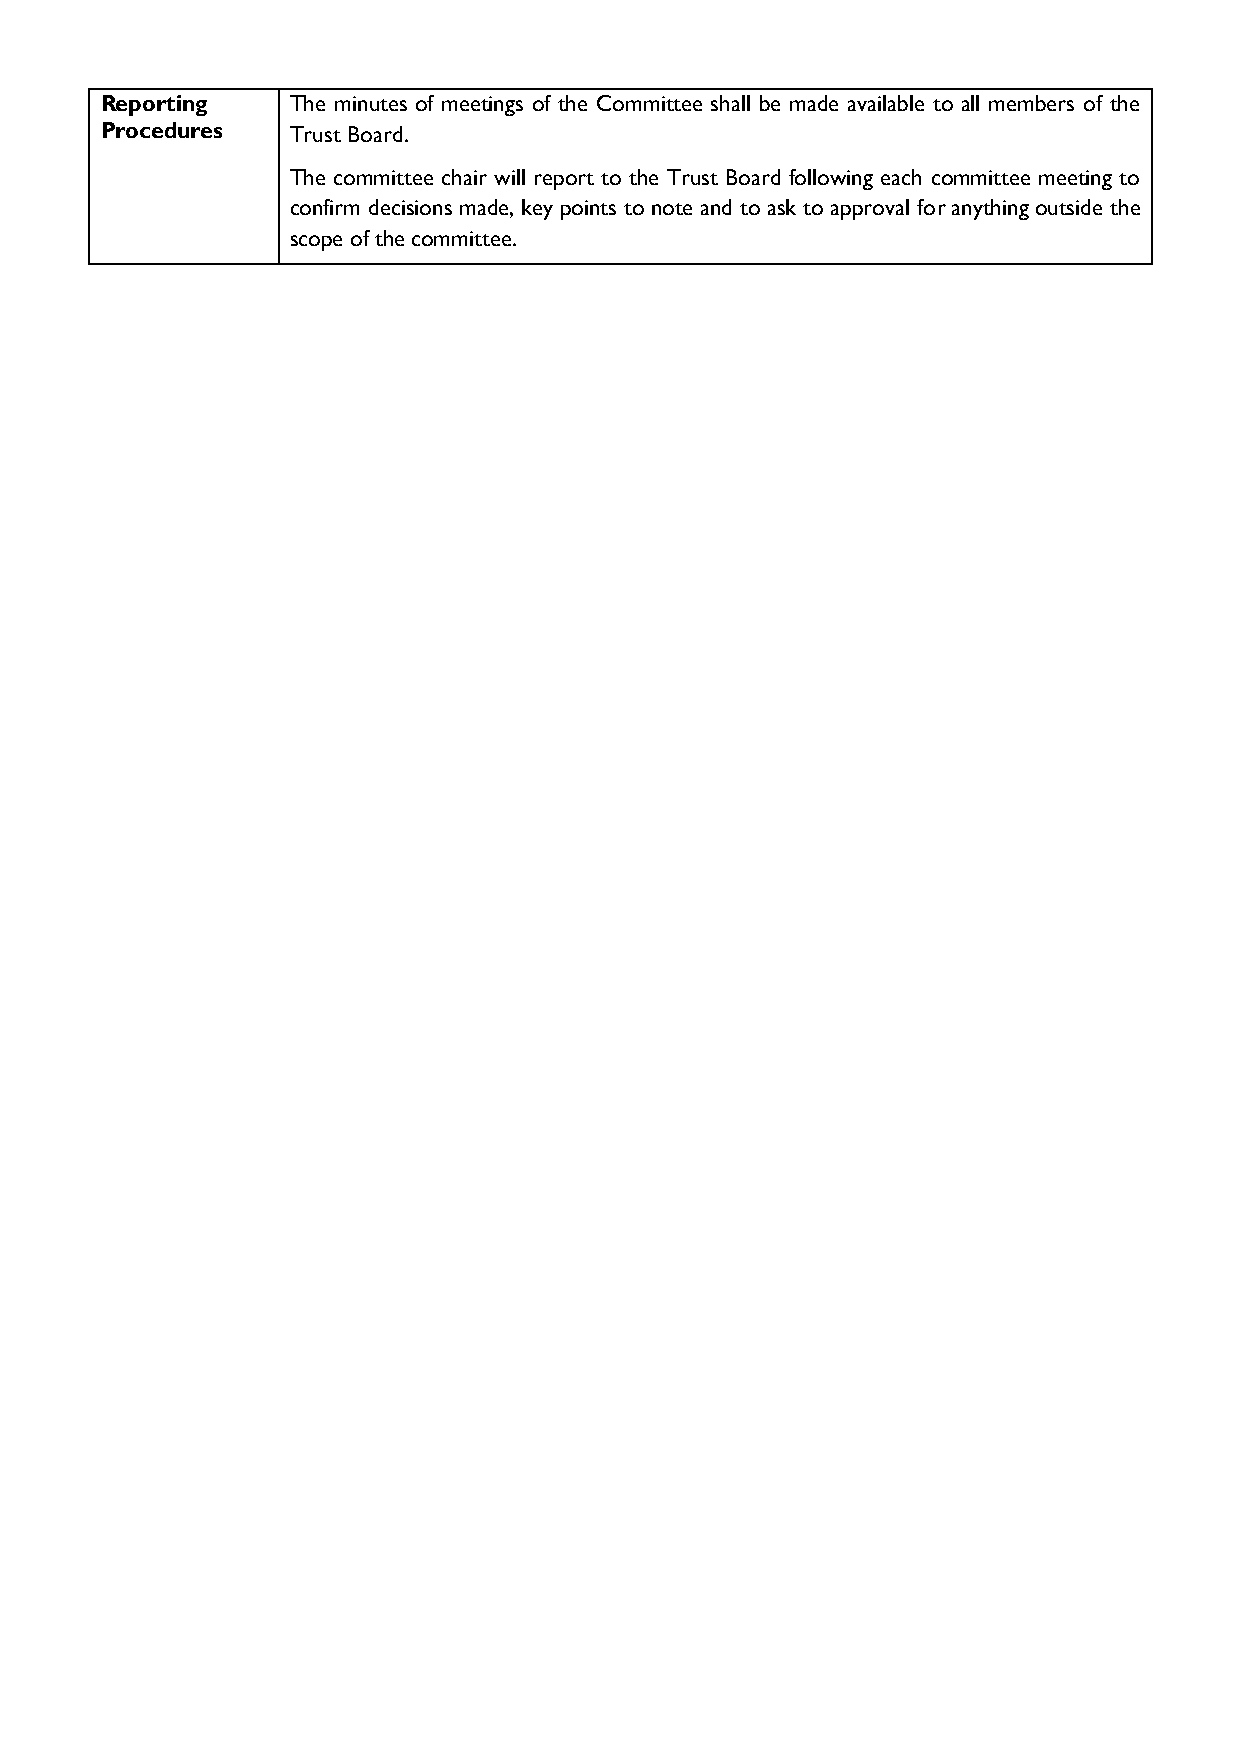
Reporting   The minutes of meetings of the Committee shall be made available to all members of the
 Procedures  Trust Board.
 The committee chair will report to the Trust Board following each committee meeting to
 confirm decisions made, key points to note and to ask to approval for anything outside the
 scope of the committee.